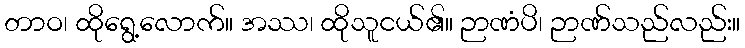
တာဝ၊ ထိုရွေ့လောက်။ အဿ၊ ထိုသူငယ်၏။ ဉာဏံပိ၊ ဉာဏ်သည်လည်း။